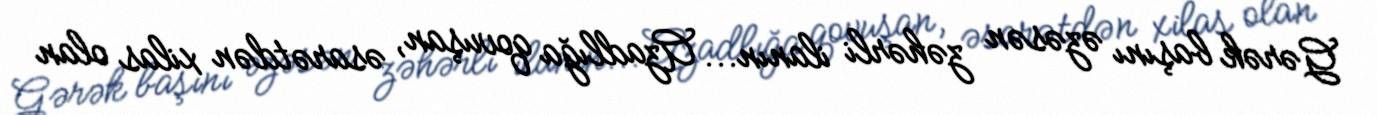
Gərək başını əzəsən zəhərli ilanın... Azadlığa qovuşan, əsarətdən xilas olan